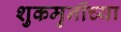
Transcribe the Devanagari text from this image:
शुकमुनींच्या